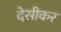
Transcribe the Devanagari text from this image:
देसीकर